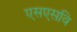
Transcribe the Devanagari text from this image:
एसएसवि